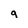
Character: q